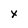
Character: x